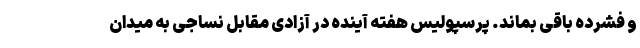
و فشرده باقی بماند. پرسپولیس هفته آینده در آزادی مقابل نساجی به میدان